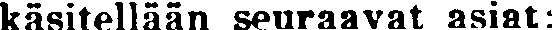
käsitellään seuraavat asiat: